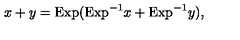
x + y = \mathrm { E x p } ( \mathrm { E x p } ^ { - 1 } x + \mathrm { E x p } ^ { - 1 } y ) ,